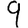
Digit: 9